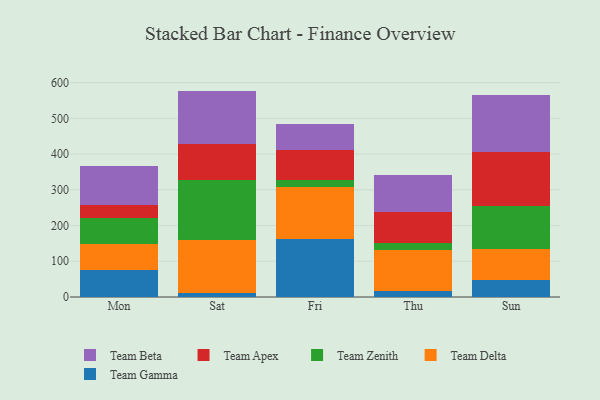
{"axis": {"x": "Day", "y": "Customer Acquisition Cost (USD)"}, "legend": ["Team Apex", "Team Beta", "Team Delta", "Team Gamma", "Team Zenith"], "data": [{"x": "Mon", "y": 75.6, "type": "Team Gamma"}, {"x": "Mon", "y": 71.9, "type": "Team Delta"}, {"x": "Mon", "y": 74.0, "type": "Team Zenith"}, {"x": "Mon", "y": 36.1, "type": "Team Apex"}, {"x": "Mon", "y": 109.4, "type": "Team Beta"}, {"x": "Sat", "y": 11.5, "type": "Team Gamma"}, {"x": "Sat", "y": 147.3, "type": "Team Delta"}, {"x": "Sat", "y": 168.4, "type": "Team Zenith"}, {"x": "Sat", "y": 99.7, "type": "Team Apex"}, {"x": "Sat", "y": 150.0, "type": "Team Beta"}, {"x": "Fri", "y": 162.7, "type": "Team Gamma"}, {"x": "Fri", "y": 146.3, "type": "Team Delta"}, {"x": "Fri", "y": 17.6, "type": "Team Zenith"}, {"x": "Fri", "y": 85.6, "type": "Team Apex"}, {"x": "Fri", "y": 73.3, "type": "Team Beta"}, {"x": "Thu", "y": 16.8, "type": "Team Gamma"}, {"x": "Thu", "y": 115.0, "type": "Team Delta"}, {"x": "Thu", "y": 19.2, "type": "Team Zenith"}, {"x": "Thu", "y": 87.4, "type": "Team Apex"}, {"x": "Thu", "y": 103.3, "type": "Team Beta"}, {"x": "Sun", "y": 47.4, "type": "Team Gamma"}, {"x": "Sun", "y": 86.0, "type": "Team Delta"}, {"x": "Sun", "y": 121.2, "type": "Team Zenith"}, {"x": "Sun", "y": 150.7, "type": "Team Apex"}, {"x": "Sun", "y": 161.0, "type": "Team Beta"}]}